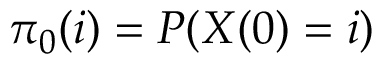
\pi _ { 0 } ( i ) = P ( X ( 0 ) = i )